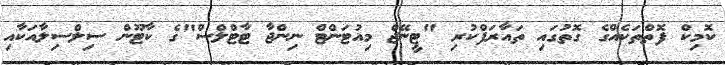
ކޮމިކް ފޮތްތަކެއްގެ ގޮތުގައި ތައާރަފްކުރި "ޓީނޭޖް މިއުޓަންޓް ނިންޖާ ޓާޓްލްސް"ގެ ކާޓޫން ސިލްސިލާއަކާއި